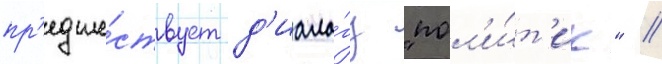
пр'едше́ствует д'иало́гу "пол'и́т'ик" //